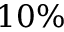
1 0 \%